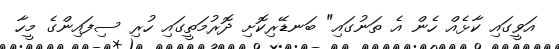
އަވީގައި ކާޅެއް ހެން އެ ތަނުގައި" ބަނޑޭރިކޮށި ދޮރުމަތީގައި ހުރި ސިފައިންގެ މީހާ